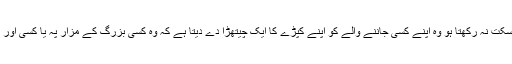
جنوبی ایشیا میں بھی یہ روایت ہے کہ جو بیمار سفر کرنے کی سکت نہ رکھتا ہو وہ اپنے کسی جاننے والے کو اپنے کپڑے کا ایک چیتھڑا دے دیتا ہے کہ وہ کسی بزرگ کے مزار پہ یا کسی اور مقدس مقام پہ جا کر اس چیتھڑے کو کسی درخت سے باندھ دے۔